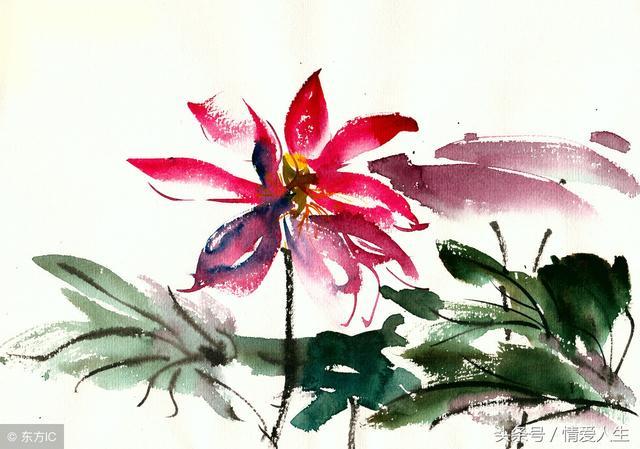
绿桑高下映平川，赛罢田神笑语喧。